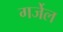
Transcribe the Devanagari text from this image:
गर्जेल